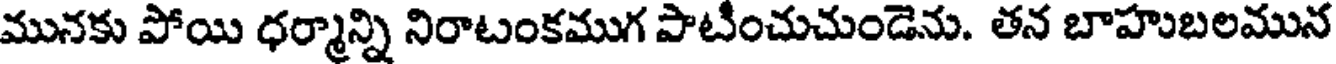
మునకు పోయి ధర్మాన్ని నిరాటంకముగ పాటించుచుండెను. తన బాహుబలమున